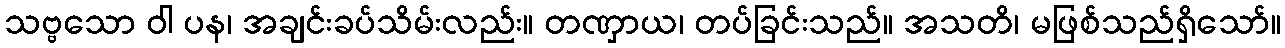
သဗ္ဗသော ဝါ ပန၊ အချင်းခပ်သိမ်းလည်း။ တဏှာယ၊ တပ်ခြင်းသည်။ အသတိ၊ မဖြစ်သည်ရှိသော်။